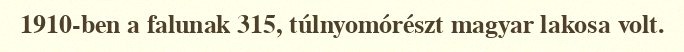
1910-ben a falunak 315, túlnyomórészt magyar lakosa volt.